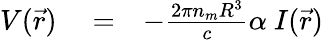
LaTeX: \begin{array}{rlr}{V(\vec{r})}&{{}=}&{-\frac{2\pi n_{m}R^{3}}{c}\alpha\ I(\vec{r})}\end{array}